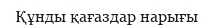
Құнды қағаздар нарығы